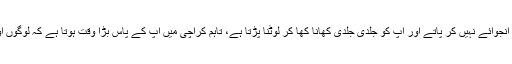
اسلام آباد اور پنجاب میں آپ پر ایک دباؤ ہوتا ہے لہٰذا آپ زیادہ انجوائے نہیں کر پاتے اور آپ کو جلدی جلدی کھانا کھا کر لوٹنا پڑتا ہے، تاہم کراچی میں آپ کے پاس بڑا وقت ہوتا ہے کہ لوگوں اور دوستوں سے ملیں‘ گپیں لگائیں اور ویک اینڈ انجوائے کریں۔